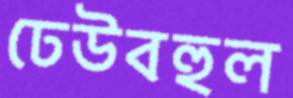
ঢেউবহুল